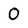
Character: O